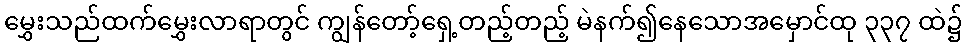
မွှေးသည်ထက်မွှေးလာရာတွင် ကျွန်တော့်ရှေ့တည့်တည့် မဲနက်၍နေသောအမှောင်ထု ၃၃၇ ထဲ၌